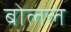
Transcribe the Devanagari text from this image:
बोललं